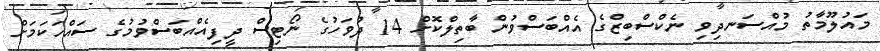
މައުލޫމާތު މުއްސަނދިވި ނެކްސްބިޒްގެ އެއްބަސްވުން ބާތިލްކޮށް 14 ދުވަހުގެ ނޯޓިސް ދީފިއެއްބަސްވުމުގެ ސައްހަކަމަށް